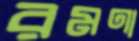
রমণা